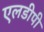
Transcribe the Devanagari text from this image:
एलडीपी